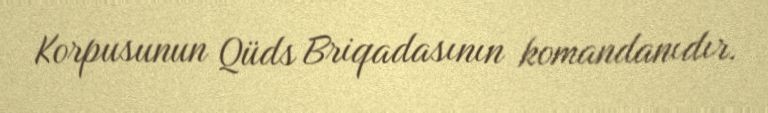
Korpusunun Qüds Briqadasının komandanıdır.